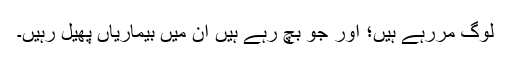
لوگ مررہے ہیں؛ اور جو بچ رہے ہیں ان میں بیماریاں پھیل رہیں۔